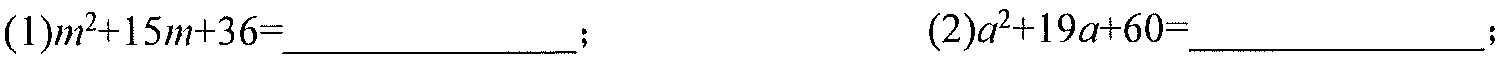
(1)\(m^{2}+15m + 36=\)_____________；  (2)\(a^{2}+19a + 60=\)_____________